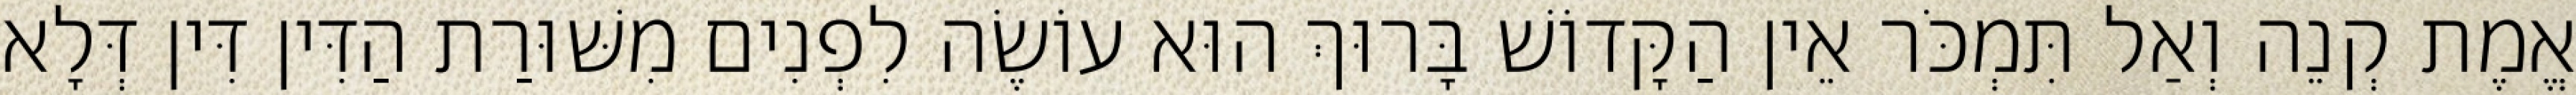
אֱמֶת קְנֵה וְאַל תִּמְכֹּר אֵין הַקָּדוֹשׁ בָּרוּךְ הוּא עוֹשֶׂה לִפְנִים מִשּׁוּרַת הַדִּין דִּין דְּלָא